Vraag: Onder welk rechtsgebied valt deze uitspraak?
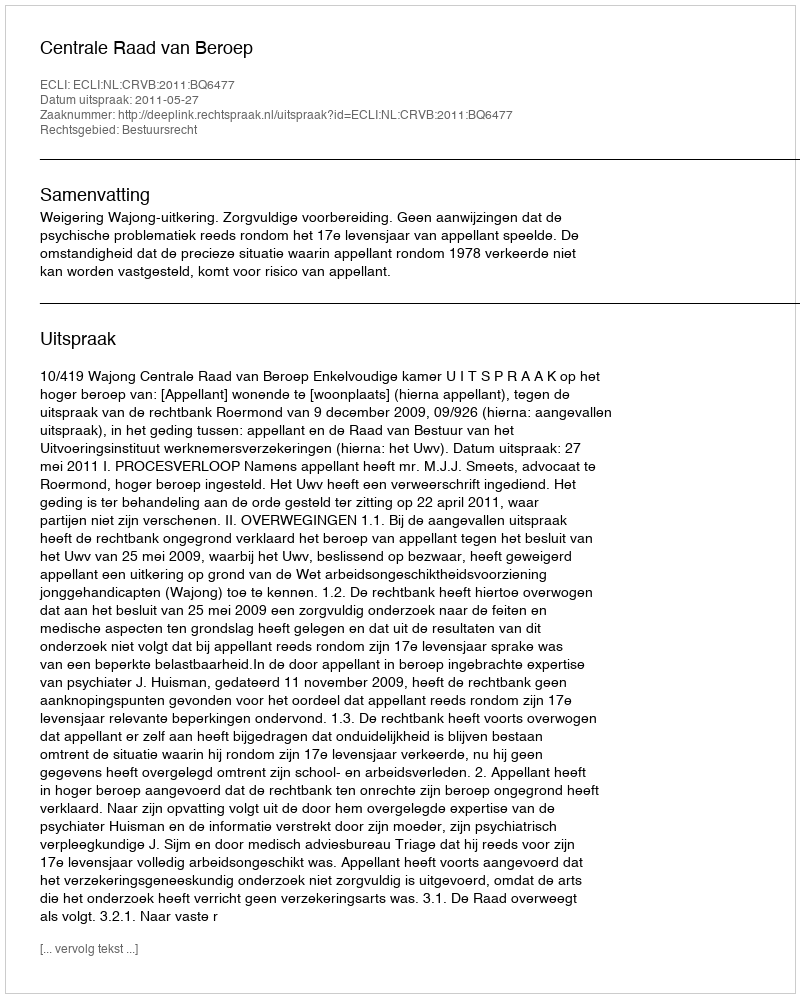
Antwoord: Bestuursrecht